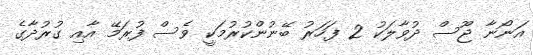
އަނޯނާ ޖޫސް ދުވާލަކު 2 ފަހަރު ބޭނުންކުރުމަކީ ވެސް ފުރަމޭ އާއި ގުރުދާގެ